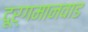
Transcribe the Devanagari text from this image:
दूर्गमानवाड